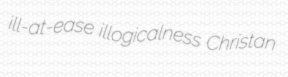
ill-at-ease illogicalness Christan